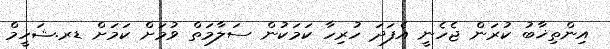
އިންތިޚާބު ކުރަން ޖެހެނީ އެފަދަ ހުރިހާ ކަމަކުން ސަލާމަތް ވުމަށް ކަމަށް ޑރ.ޝަހީމް